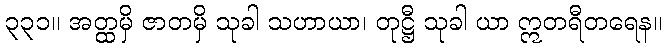
၃၃၁။ အတ္ထမှိ ဇာတမှိ သုခါ သဟာယာ၊ တုဋ္ဌီ သုခါ ယာ ဣတရီတရေန။